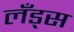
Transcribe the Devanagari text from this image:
लँड्स